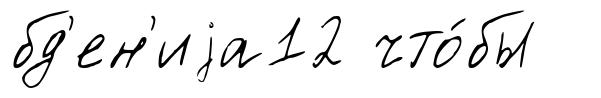
бд'ен'иjа12 что́бы